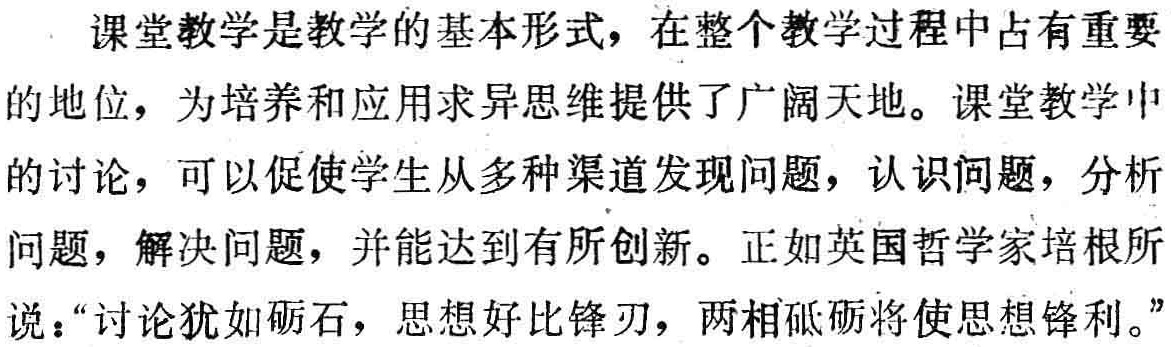
课堂教学是教学的基本形式，在整个教学过程中占有重要的地位，为培养和应用求异思维提供了广阔天地。课堂教学中的讨论，可以促使学生从多种渠道发现问题，认识问题，分析问题，解决问题，并能达到有所创新。正如英国哲学家培根所说：“讨论犹如砺石，思想好比锋刃，两相砥砺将使思想锋利。”